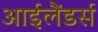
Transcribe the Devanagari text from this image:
आईलैंडर्स